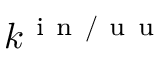
k ^ { \mathrm { ~ i ~ n ~ / ~ u ~ u ~ } }